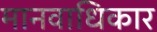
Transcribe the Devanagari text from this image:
मानवाधिकार